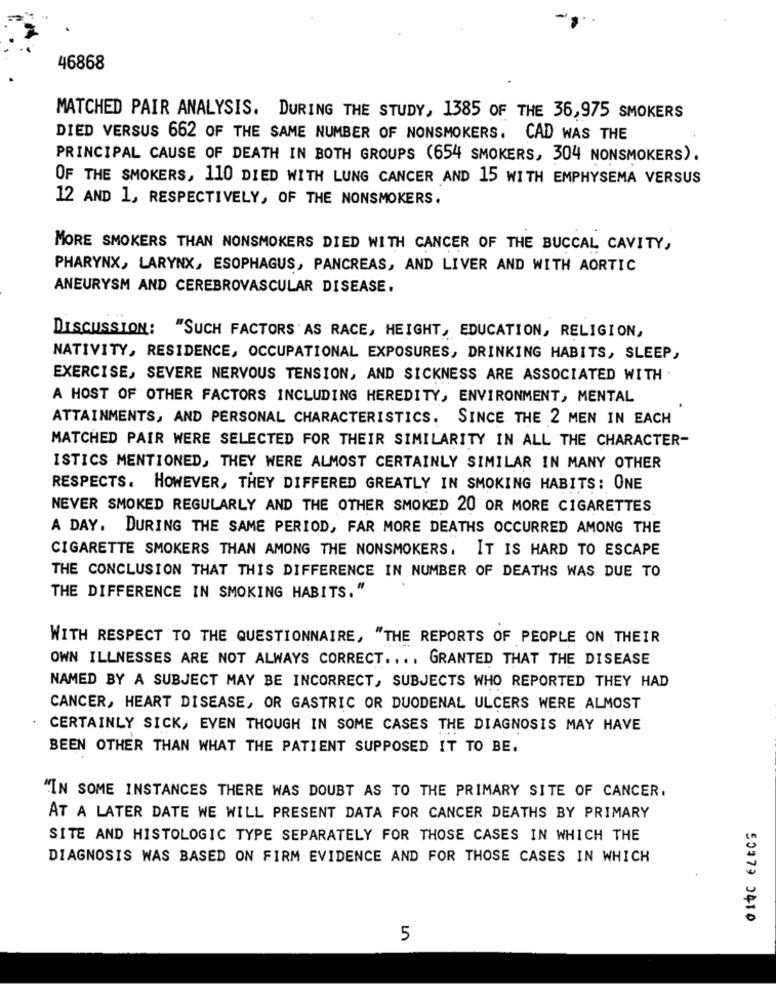
46868
MATCHED PAIR ANALYSIS. DURING THE STUDY, 1385 OF THE 36,975 SMOKERS
DIED VERSUS 662 OF THE SAME NUMBER OF NONSMOKERS. CAD WAS THE
PRINCIPAL CAUSE OF DEATH IN BOTH GROUPS (654 SMOKERS, 304 NONSMOKERS).
OF THE SMOKERS, 110 DIED WITH LUNG CANCER AND 15 WITH EMPHYSEMA VERSUS
12 AND 1, RESPECTIVELY, OF THE NONSMOKERS.
MORE SMOKERS THAN NONSMOKERS DIED WITH CANCER OF THE BUCCAL CAVITY,
PHARYNX, LARYNX, ESOPHAGUS, PANCREAS, AND LIVER AND WITH AORTIC
ANEURYSM AND CEREBROVASCULAR DISEASE.
DISCUSSION: "SUCH FACTORS AS RACE, HEIGHT, EDUCATION, RELIGION,
NATIVITY, RESIDENCE, OCCUPATIONAL EXPOSURES, DRINKING HABITS, SLEEP,
EXERCISE, SEVERE NERVOUS TENSION, AND SICKNESS ARE ASSOCIATED WITH .
A HOST OF OTHER FACTORS INCLUDING HEREDITY, ENVIRONMENT, MENTAL
ATTAINMENTS, AND PERSONAL CHARACTERISTICS. SINCE THE 2 MEN IN EACH
MATCHED PAIR WERE SELECTED FOR THEIR SIMILARITY IN ALL THE CHARACTER-
ISTICS MENTIONED, THEY WERE ALMOST CERTAINLY SIMILAR IN MANY OTHER
RESPECTS. HOWEVER, THEY DIFFERED GREATLY IN SMOKING HABITS: ONE
NEVER SMOKED REGULARLY AND THE OTHER SMOKED 20 OR MORE CIGARETTES
A DAY. DURING THE SAME PERIOD, FAR MORE DEATHS OCCURRED AMONG THE
CIGARETTE SMOKERS THAN AMONG THE NONSMOKERS, IT IS HARD TO ESCAPE
THE CONCLUSION THAT THIS DIFFERENCE IN NUMBER OF DEATHS WAS DUE TO
THE DIFFERENCE IN SMOKING HABITS."
WITH RESPECT TO THE QUESTIONNAIRE, "THE REPORTS OF PEOPLE ON THEIR
OWN ILLNESSES ARE NOT ALWAYS CORRECT .... GRANTED THAT THE DISEASE
NAMED BY A SUBJECT MAY BE INCORRECT, SUBJECTS WHO REPORTED THEY HAD
CANCER, HEART DISEASE, OR GASTRIC OR DUODENAL ULCERS WERE ALMOST
CERTAINLY SICK, EVEN THOUGH IN SOME CASES THE DIAGNOSIS MAY HAVE
BEEN OTHER THAN WHAT THE PATIENT SUPPOSED IT TO BE.
"IN SOME INSTANCES THERE WAS DOUBT AS TO THE PRIMARY SITE OF CANCER.
AT A LATER DATE WE WILL PRESENT DATA FOR CANCER DEATHS BY PRIMARY
SITE AND HISTOLOGIC TYPE SEPARATELY FOR THOSE CASES IN WHICH THE
DIAGNOSIS WAS BASED ON FIRM EVIDENCE AND FOR THOSE CASES IN WHICH
50373 3410
5